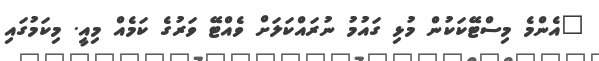
"އެންމެ މިސްޓޭކަކުން މުޅި ގައުމު ނުރައްކަލަށް ވެއްޓޭ ވަރުގެ ކަމެއް މިއީ. މިކަމުގައި